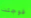
فوجئت